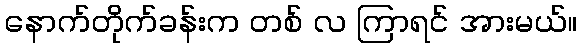
နောက်တိုက်ခန်းက တစ် လ ကြာရင် အားမယ်။